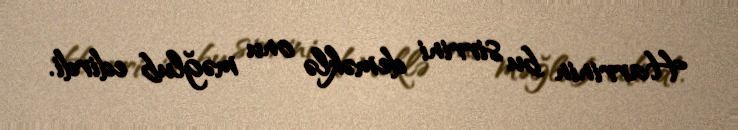
Harrinin bu sirrini deməklə onu məğlub edirdi.